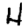
Digit: 4